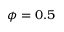
\phi = 0 . 5